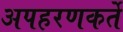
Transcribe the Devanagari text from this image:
अपहरणकर्ते